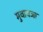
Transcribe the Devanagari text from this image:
मुवावजा